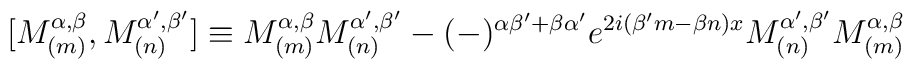
\lbrack M_{(m)}^{\alpha ,\beta },M_{(n)}^{\alpha ^{\prime },\beta ^{\prime}}]\equiv M_{(m)}^{\alpha ,\beta }M_{(n)}^{\alpha ^{\prime },\beta ^{\prime}}-(-)^{\alpha \beta ^{\prime }+\beta \alpha ^{\prime }}e^{2i(\beta ^{\prime}m-\beta n)x}M_{(n)}^{\alpha ^{\prime },\beta ^{\prime }}M_{(m)}^{\alpha,\beta }